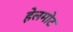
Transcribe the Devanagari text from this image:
हेलमोट